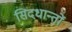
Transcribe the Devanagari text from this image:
सिदधान्‍तों